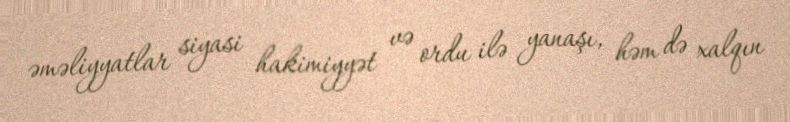
əməliyyatlar siyasi hakimiyyət və ordu ilə yanaşı, həm də xalqın